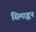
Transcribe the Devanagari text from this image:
सिमाङ्कन